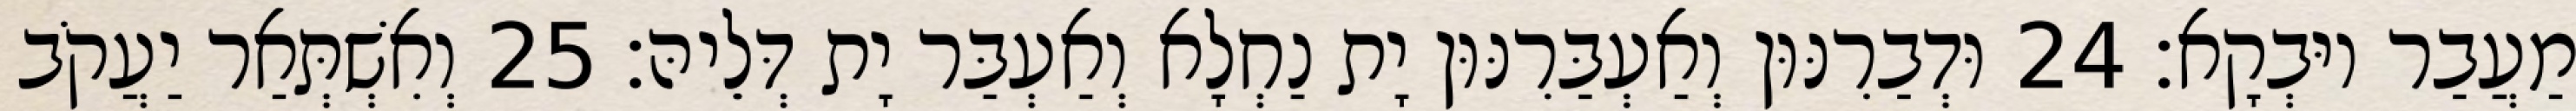
מַעֲבַר יוּבְקָא׃ 24 וּדְבַרִנּוּן וְאַעְבַּרִנּוּן יָת נַחְלָא וְאַעְבַּר יָת דְּלֵיהּ׃ 25 וְאִשְׁתְּאַר יַעֲקֹב